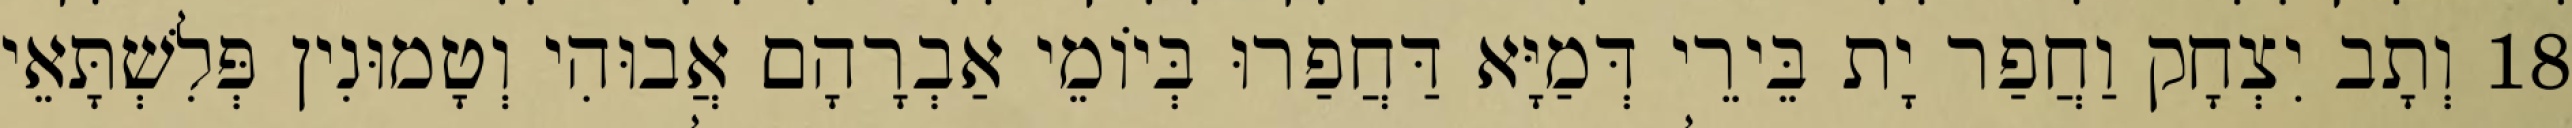
18 וְתָב יִצְחָק וַחֲפַר יָת בֵּירֵי דְּמַיָּא דַּחֲפַרוּ בְּיוֹמֵי אַבְרָהָם אֲבוּהִי וְטָמוּנִין פְּלִשְׁתָּאֵי